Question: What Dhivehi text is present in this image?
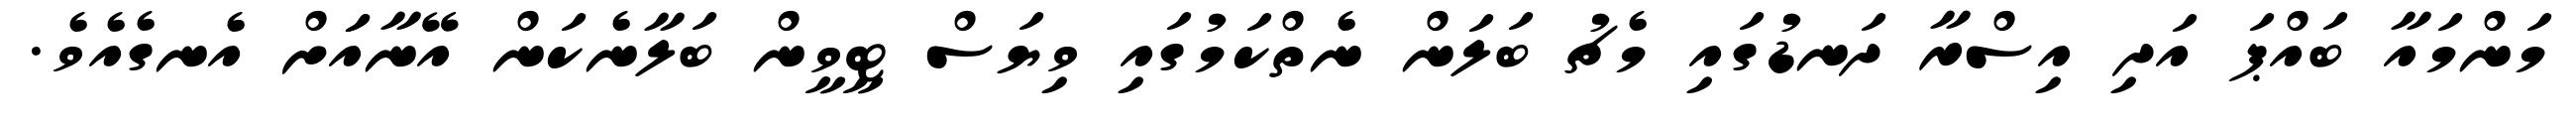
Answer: މަންމައާ ބައްޕަ އަދި އިސްރާ ދަނޑުގައި މެޗު ބަލަން ނެތްކަމުގައި ވިޔަސް ޓީވީން ބަލާނެކަން އޭނާއަަށް އެނގެއެވެ.